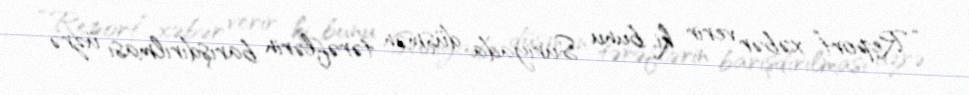
“Report” xəbər verir ki, bunu Suriyada düşmən tərəflərin barışdırılması üzrə